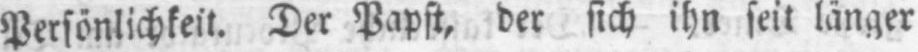
Persönlichkeit. Der Papst, der sich ihn seit länger